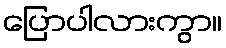
ပြောပါလားကွာ။